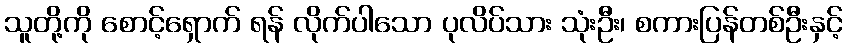
သူတို့ကို စောင့်ရှောက် ရန် လိုက်ပါသော ပုလိပ်သား သုံးဦး၊ စကားပြန်တစ်ဦးနှင့်